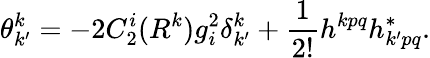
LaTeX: \theta_{k^{\prime}}^{k}=-2C_{2}^{i}(R^{k})g_{i}^{2}\delta_{k^{\prime}}^{k}+\frac{1}{2!}h^{kpq}h_{k^{\prime}pq}^{\ast}.